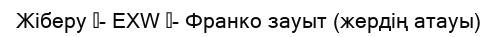
Жіберу 	- EXW 	- Франко зауыт (жердің атауы)